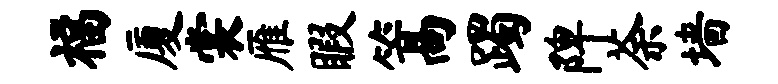
福厦裳雁暇篙躅陴荼墙